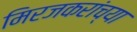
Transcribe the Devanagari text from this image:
मिरजकरांच्या